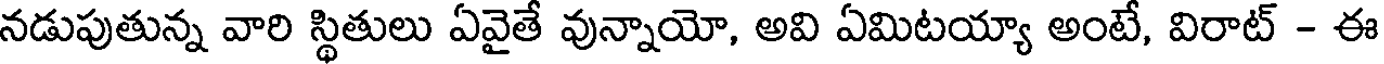
నడుపుతున్న వారి స్థితులు ఏవైతే వున్నాయో, అవి ఏమిటయ్యా అంటే, విరాట్ - ఈ